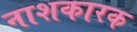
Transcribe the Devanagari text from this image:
नाशकारक